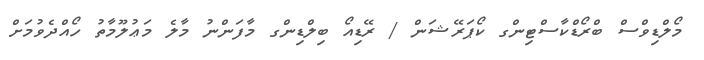
މޯލްޑިވްސް ބްރޯޑްކާސްޓިންގ ކޯޕަރޭޝަން / ރޭޑިއޯ ބިލްޑިންގ މާފަންނު މާލެ މަޢުލޫމާތު ހޯއްދެވުމަށް